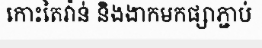
កោះតៃវ៉ាន់ និងងាកមកផ្សាភ្ជាប់